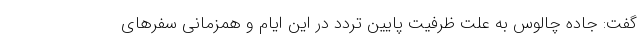
گفت: جاده چالوس به علت ظرفیت پایین تردد در این ایام و همزمانی سفرهای